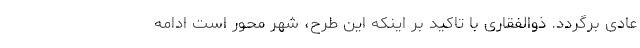
عادی برگردد. ذوالفقاری با تاکید بر اینکه این طرح، شهر محور است ادامه